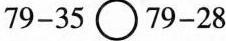
$$7 9 - 3 5 \circ 7 9 - 2 8$$